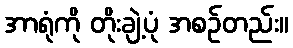
အာရုံကို တိုးချဲ့ပုံ အစဉ်တည်း။